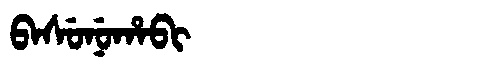
Manchu: ᠪᠠᠰᡠᠨᡠᡥᠠᠪᡳ
Romanization: BASUNUHABI